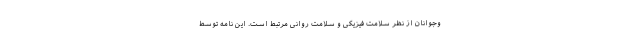
وجوانان از نظر سلامت فیزیکی و سلامت روانی مرتبط است. این نامه توسط